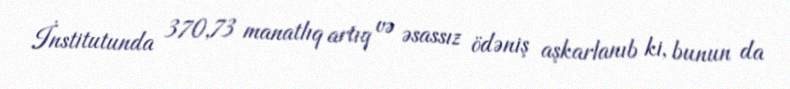
İnstitutunda 370,73 manatlıq artıq və əsassız ödəniş aşkarlanıb ki, bunun da